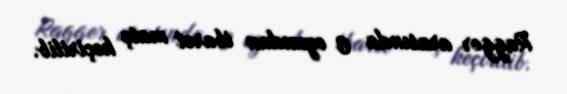
Ragger arasında 6 oyundan ibarət matç keçirilib.